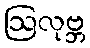
ဩလုဗ္ဘ